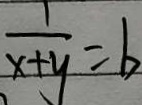
\frac { 1 } { x + y } = b